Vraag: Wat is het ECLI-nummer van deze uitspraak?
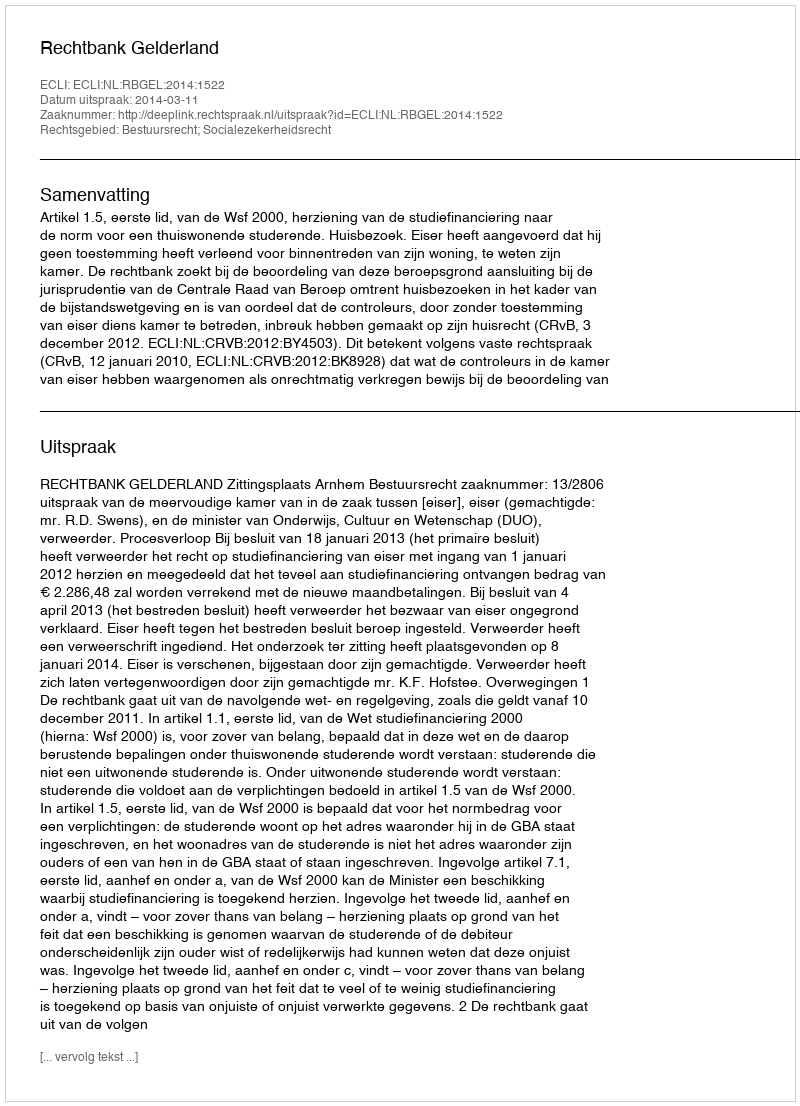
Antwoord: ECLI:NL:RBGEL:2014:1522